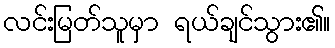
လင်းမြတ်သူမှာ ရယ်ချင်သွား၏။